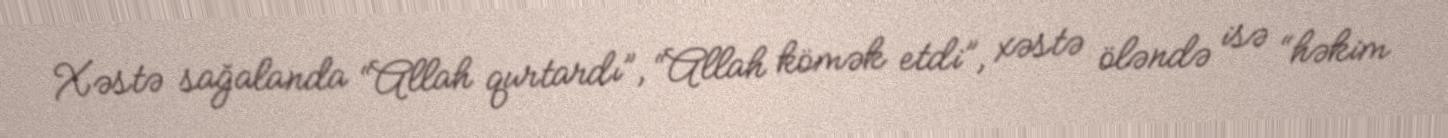
Xəstə sağalanda “Allah qurtardı”, “Allah kömək etdi”, xəstə öləndə isə “həkim